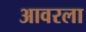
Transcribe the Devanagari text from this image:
आवरला